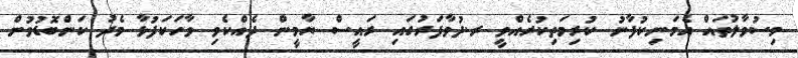
މިސުވާލުތައް އެމަނިކުފާނު ކުރިމަތިކުރެއްވީ ރ.ދުވާފަރުގައި ރައީސް ޔާމީން ދެއްކެވި ވާހަކަފުޅާ މެދު ކަންބޮޑުވުން